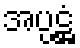
အပ္ပဋ္ဌံ